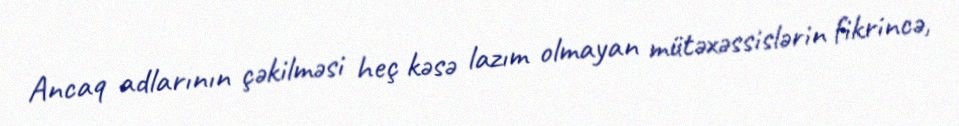
Ancaq adlarının çəkilməsi heç kəsə lazım olmayan mütəxəssislərin fikrincə,